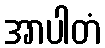
အာပါတံ